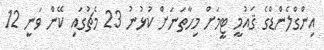
އިންގްލެންޑްގެ ޤައުމީ ޓީމަށް މިހާތަނަށް ކުޅުނު 23 މެޗުގައި ކޭން ވަނީ 12